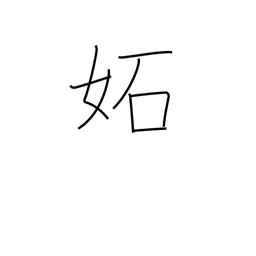
Meaning: envy